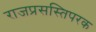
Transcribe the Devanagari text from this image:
राजप्रसस्तिपरक